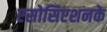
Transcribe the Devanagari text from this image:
एसोसिएशनके